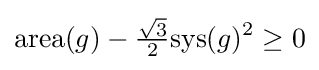
\mathrm {area} (g)-{\tfrac {\sqrt {3}}{2}}\mathrm {sys} (g)^{2}\geq 0